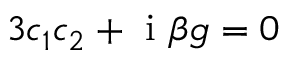
3 c _ { 1 } c _ { 2 } + \mathrm { ~ i ~ } \beta g = 0